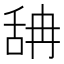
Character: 舑